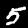
Label: 5